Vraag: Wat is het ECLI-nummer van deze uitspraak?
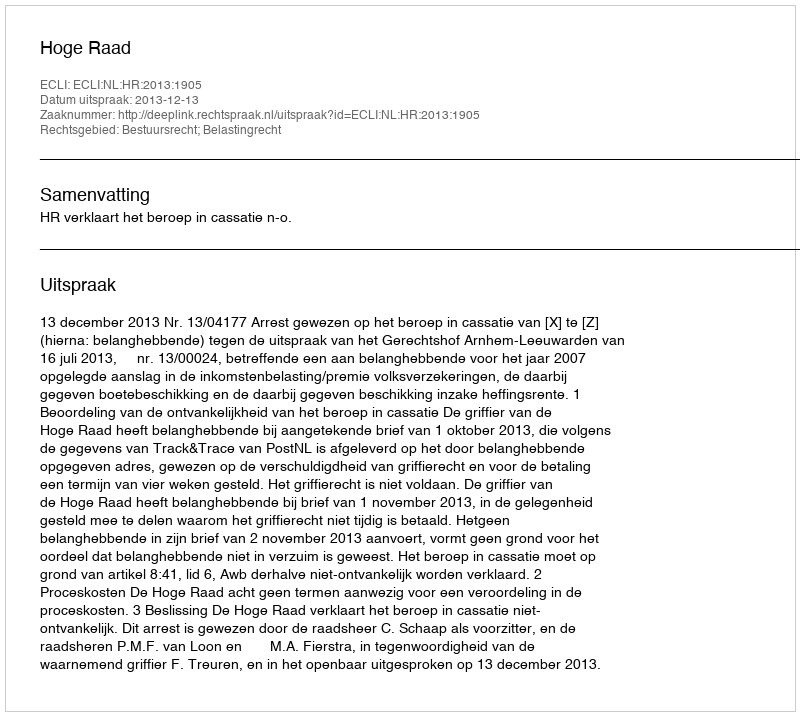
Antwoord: ECLI:NL:HR:2013:1905